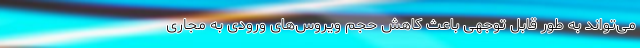
می‌تواند به طور قابل توجهی باعث کاهش حجم ویروس‌های ورودی به مجاری